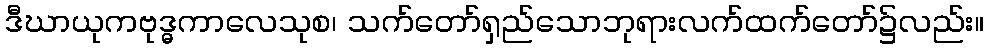
ဒီဃာယုကဗုဒ္ဓကာလေသုစ၊ သက်တော်ရှည်သောဘုရားလက်ထက်တော်၌လည်း။